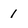
Character: 1